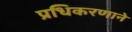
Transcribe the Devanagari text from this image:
प्रधिकरणाने